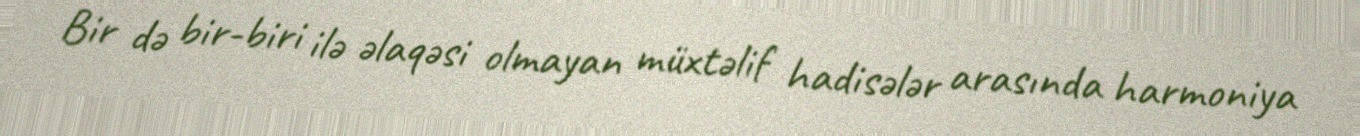
Bir də bir-biri ilə əlaqəsi olmayan müxtəlif hadisələr arasında harmoniya